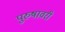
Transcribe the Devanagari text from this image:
पुरुषावरी